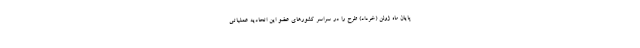
پایان ماه ژوئن (خرداد) طرح را در سراسر کشورهای عضو این اتحادیه عملیاتی